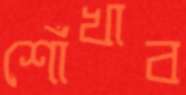
শোঁখাব